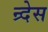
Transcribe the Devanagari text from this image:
न्र्देस